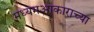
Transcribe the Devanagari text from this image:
मध्यमआकाराच्या